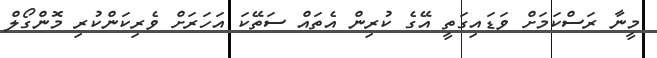
މީނާ ރަސްކަމަށް ވަޑައިގަތީ އޭގެ ކުރިން އެތައް ސަތޭކަ އަހަރަށް ވެރިކަންކުރި މޮންގޯލް